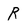
Character: R